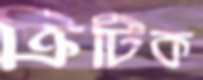
ক্রিটিক